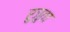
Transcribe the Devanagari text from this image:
रुजुता